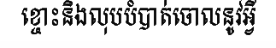
ខ្ចោះនិងលុបបំបាត់ចោលនូវអ្វី